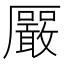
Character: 𪠛